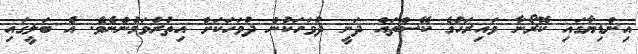
އިންޑިޔާގައި ކޮރޯނާ ވައިރަހުގެ ކޭސްތައް ދަނީ ދުވަހަކުން ދުވަހަކަށް އިތުރުވަމުންނެވެ. އެ ބަލީގައި